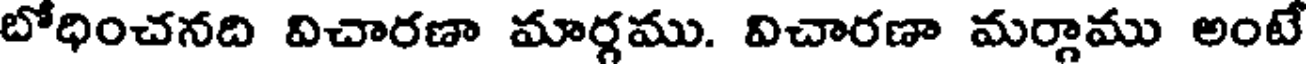
బోధించనది విచారణా మార్గము. విచారణా మర్గాము అంటే